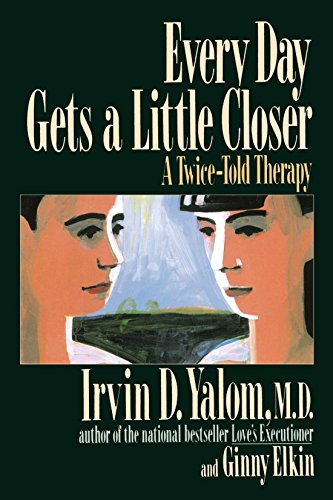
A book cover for Every Day Gets a Little Closer: A Twice-Told Therapy; Irvin D. Yalom; Health, Fitness & Dieting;